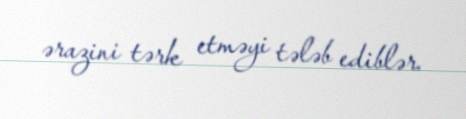
ərazini tərk etməyi tələb ediblər.